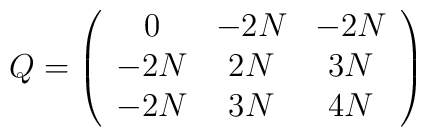
Q=\left( \begin{array}{ccc}0 & -2N & -2N \\ -2N & 2N & 3N \\ -2N & 3N & 4N\end{array}\right)